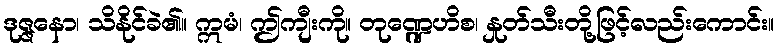
ဒုဇ္ဇနော၊ သိနိုင်ခဲ၏။ ဣမံ၊ ဤကျီးကို။ တုဏ္ဍေဟိစ၊ နှုတ်သီးတို့ဖြင့်လည်းကောင်း။